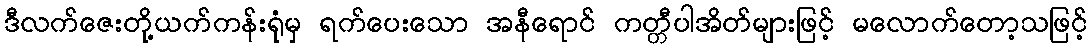
ဒီလက်ဇေးတို့ယက်ကန်းရုံမှ ရက်ပေးသော အနီရောင် ကတ္တီပါအိတ်များဖြင့် မလောက်တော့သဖြင့်